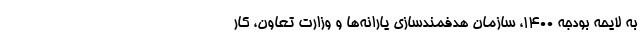
به لایحه بودجه ۱۴۰۰، سازمان هدفمندسازی یارانه‌ها و وزارت تعاون، کار